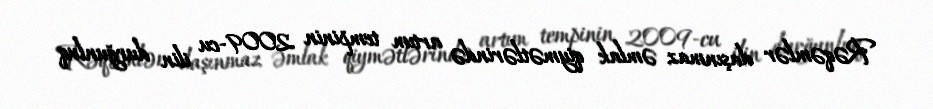
Rəqəmlər daşınmaz əmlak qiymətlərində artım tempinin 2009-cu ilin durğunluq